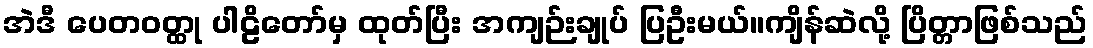
အဲဒီ ပေတဝတ္ထု ပါဠိတော်မှ ထုတ်ပြီး အကျဉ်းချုပ် ပြဦးမယ်။ကျိန်ဆဲလို့ ပြိတ္တာဖြစ်သည်